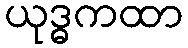
ယုဒ္ဓကထာ